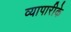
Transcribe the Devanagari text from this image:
व्‍यापारीके